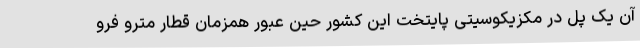
آن یک پل در مکزیکوسیتی پایتخت این کشور حین عبور همزمان قطار مترو فرو